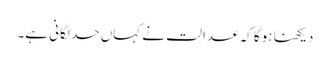
دیکھنا ہوگا کہ عدالت نے کہاں حد لگانی ہے۔